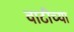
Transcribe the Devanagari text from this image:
वाटीच्या